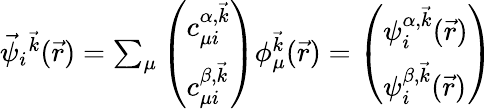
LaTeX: \begin{array}{r}{\vec{\psi}_{i}{^{\vec{k}}}(\vec{r})=\sum_{\mu}\left(\begin{array}{l}{c_{\mu i}^{\alpha,\vec{k}}}\\ {c_{\mu i}^{\beta,\vec{k}}}\end{array}\right)\phi_{\mu}^{\vec{k}}(\vec{r})=\left(\begin{array}{l}{\psi_{i}^{\alpha,\vec{k}}(\vec{r})}\\ {\psi_{i}^{\beta,\vec{k}}(\vec{r})}\end{array}\right)}\end{array}